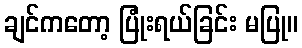
ချင်ကတော့ ပြုံးရယ်ခြင်း မပြု။